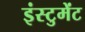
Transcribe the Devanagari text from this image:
इंस्टुमेंट